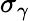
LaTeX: \sigma_{\gamma}